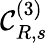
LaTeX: {\mathcal C}_{R,s}^{(3)}